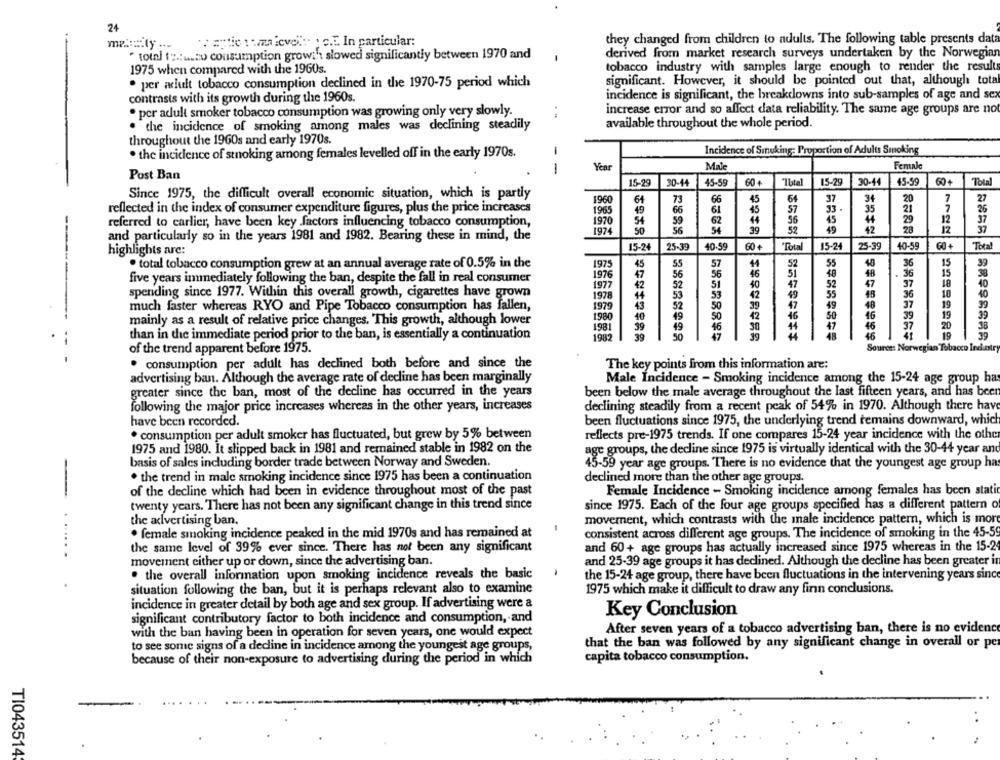
24
. apto: wanievoi .: . c.E. In particular:
they changed from children to adults. The following table presents data
derived from market research surveys undertaken by the Norwegian
" total (p .: usto consumption growi' slowed significantly between 1970 and
-
tobacco industry with samples large enough to render the results
1975 when compared with the 1960s.
. per adult tobacco consumption declined in the 1970-75 period which
significant. However, it should be pointed out that, although total
contrasts with its growth during the 1960s.
incidence is significant, the breakdowns into sub-samples of age and sex
· per adult smoker tobacco consumption was growing only very slowly.
increase error and so affect data reliability. The same age groups are not
. the incidence of smoking among males was declining steadily
available throughout the whole period.
throughout the 1960s and early 1970s.
-
Incidence of Sinuking: Proportion of Adults Smoking
. the incidence of stoking among females levelled off in the early 1970s.
Year
Mal
Female
Post Ban
-
15-29
30-44
45-59
60 +
"Ibtal
15-29
30-44
45-59
60+
Total
Since 1975, the difficult overall economic situation, which is partly
73
64
37
34
20
7
27
1960
6
66
45
reflected in the index of consumer expenditure figures, plus the price increases
1963
49
66
61
45
57
33.
35
21
7
26
54
59
62
44
56
45
44
29
12
37
referred to earlier, have been key factors influencing tobacco consumption,
1970
54
39
52
49
42
28
37
1974
50
---
and particularly so in the years 1981 and 1982. Bearing these in mind, the
highlights are:
15-24
25-39
40.59
60 +
Total
15-24
25-39
40-59
GO+
Total
. total tobacco consumption grew at an annual average rate of 0.5% in the
1975
45
55
57
52
55
48
36
15
39
1976
47
56
56
46
SI
36
15
38
five years immediately following the ban, despite the fall in real consumer
47
18
48
37
18
10
-
1977
42
52
51
40
52
47
spending since 1977. Within this overall growth, cigarettes have grown
1978
44
53
53
42
49
55
36
10
40
50
39
47
49
48
37
19
much faster whereas RYO and Pipe Tobacco consumption has fallen,
1979
43
52
--
1980
40
49
SO
42
50
16
39
19
39
mainly as a result of relative price changes. This growth, although lower
1981
39
49
46
46
20
38
than in the immediate period prior to the ban, is essentially a continuation
47
46
19
39
1982
50
of the trend apparent before 1975.
Source: Norwegian Tobacco Industry
-- -
. consumption per adult has declined both before and since the
The key points from this information are:
advertising ban. Although the average rate of decline has been marginally
Male Incidence - Smoking incidence among the 15-24 age group has
greater since the ban, most of the decline has occurred in the years
been below the male average throughout the last fifteen years, and has been
following the major price increases whereas in the other years, increases
declining steadily from a recent peak of 54% in 1970. Although there have
have been recorded.
been fluctuations since 1975, the underlying trend remains downward, which
. consumption per adult smoker has fluctuated, but grew by 5% between
reflects pre-1975 trends. If one compares 15-24 year incidence with the other
1975 and 1980. It slipped back in 1981 and remained stable in 1982 on the
age groups, the decline since 1975 is virtually identical with the 30-44 year and
basis of sales including border trade between Norway and Sweden.
45-59 year age groups. There is no evidence that the youngest age group ha
. the trend in male smoking incidence since 1975 has been a continuation
declined more than the other age groups.
-
of the decline which had been in evidence throughout most of the past
Female Incidence - Smoking incidence among females has been stati
twenty years. There has not been any significant change in this trend since
since 1975. Each of the four age groups specified has a different pattern o
the advertising ban.
movement, which contrasts with the male incidence pattern, which is more
. female smoking incidence peaked in the mid 1970s and has remained at
consistent across different age groups. The incidence of smoking in the 45-59
the same level of 39% ever since. There has not been any significant
and 60 + age groups has actually increased since 1975 whereas in the 15-24
movement either up or down, since the advertising ban.
and 25-39 age groups it has declined. Although the decline has been greater in
. the overall information upon smoking incidence reveals the basic
the 15-24 age group, there have been fluctuations in the intervening years since
situation following the ban, but it is perhaps relevant also to examine
1975 which make it difficult to draw any finn conclusions.
incidence in greater detail by both age and sex group. If advertising were a
Key Conclusion
significant contributory factor to both incidence and consumption, and
with the ban having been in operation for seven years, one would expect
After seven years of a tobacco advertising ban, there is no evidence
that the ban was followed by any significant change in overall or per
to see some signs of a decline in incidence among the youngest age groups,
because of their non-exposure to advertising during the period in which
capita tobacco consumption.
-
TI043514